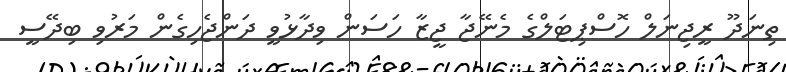
ތިނަދޫ ރީޖިނަލް ހޮސްޕިޓަލްގެ މެނޭޖާ ޖީޒާ ހަސަން ވިދާޅުވީ ދަންޖެހިގެން މަރުވި ބިދޭސީ